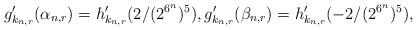
LaTeX: \begin{align*} g'_{k_{n,r}}(\alpha_{n,r})=h'_{k_{n,r}}(2/(2^{6^n})^5), g'_{k_{n,r}}(\beta_{n,r})=h'_{k_{n,r}}(-2/(2^{6^n})^5), \end{align*}